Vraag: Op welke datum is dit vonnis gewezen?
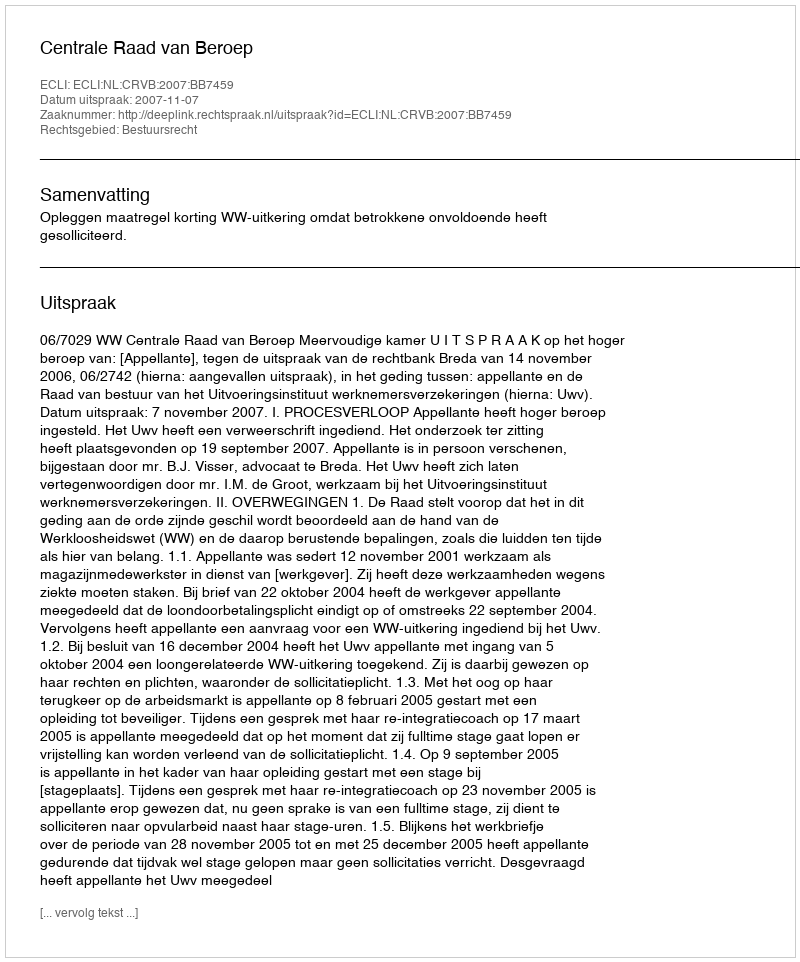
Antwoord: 2007-11-07